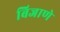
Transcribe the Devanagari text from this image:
बिजाणे